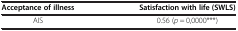
<table><thead><tr><td><b>Acceptance of illness</b></td><td><b>Satisfaction with life (SWLS)</b></td></tr></thead><tbody><tr><td>AIS</td><td>0.56 (<i>p</i> = 0,0000***)</td></tr></tbody></table>